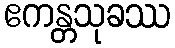
ဧကန္တသုခဿ